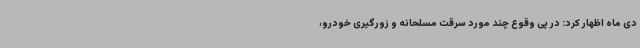
دی ماه اظهار کرد: در پی وقوع چند مورد سرقت مسلحانه و زورگیری خودرو،